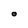
Character: o